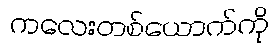
ကလေးတစ်ယောက်ကို